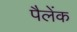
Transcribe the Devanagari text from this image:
पैलेंक